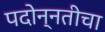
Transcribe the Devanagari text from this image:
पदोन्नतीचा